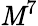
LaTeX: \mathit{M}^{7}